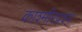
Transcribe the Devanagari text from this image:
काश्‍मीरप्रश्‍न